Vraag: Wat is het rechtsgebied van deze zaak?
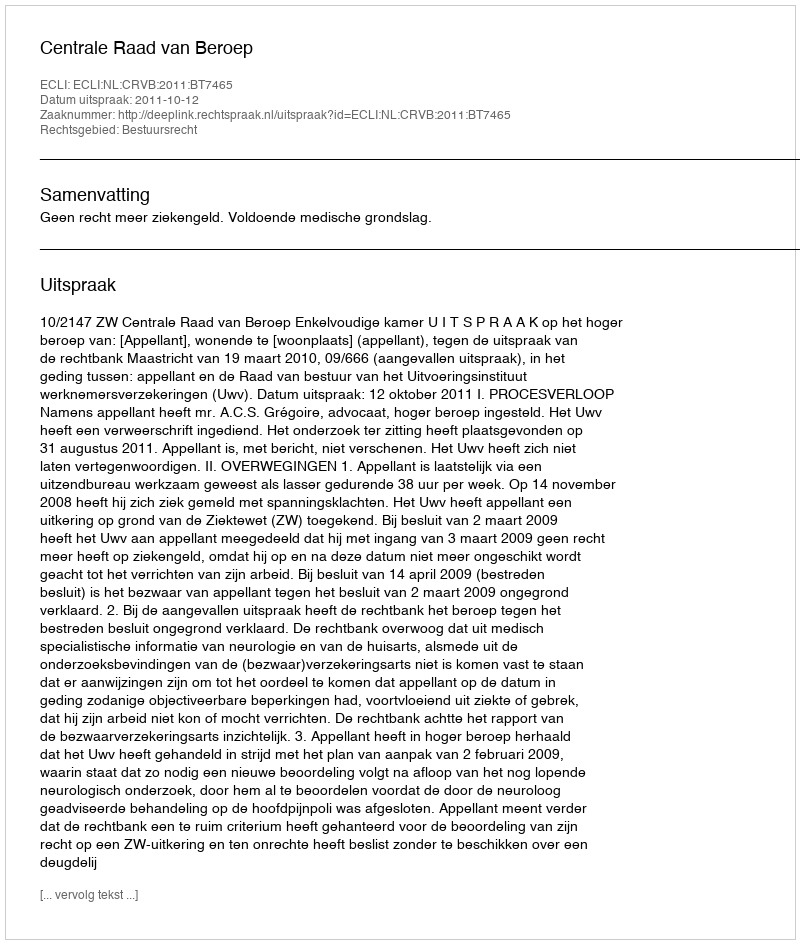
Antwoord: Bestuursrecht